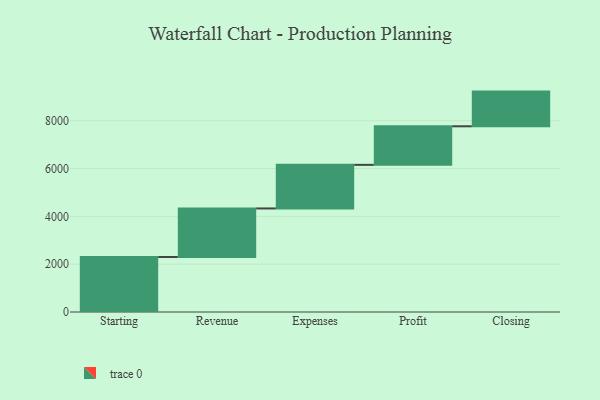
{"axis": {"x": "Step", "y": "Value"}, "legend": [""], "data": [{"x": "Starting", "y": 2300.0, "type": ""}, {"x": "Revenue", "y": 2031.0, "type": ""}, {"x": "Expenses", "y": 1823.0, "type": ""}, {"x": "Profit", "y": 1613.0, "type": ""}, {"x": "Closing", "y": 1451.0, "type": ""}]}